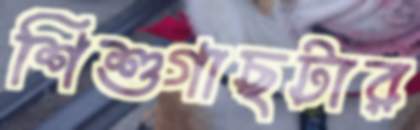
শিশুগাছটার